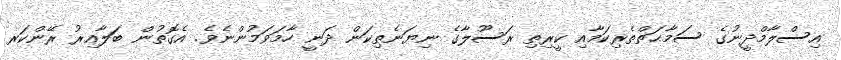
އިސްލާމްދީނުގެ ސަމާޙަތްތެރިކަމާއި ކީރިތި ރަސޫލާގެ ނިޔަނެތިކަން ދަނީ ހާމަވަމުންނެވެ. އެގޮތުން ބަލާއިރު ރޭންކަރ